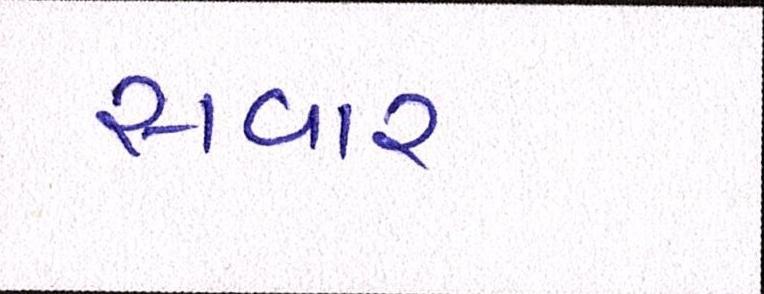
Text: સવાર